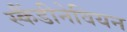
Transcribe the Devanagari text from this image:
स्कैंडीनेवियन